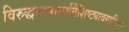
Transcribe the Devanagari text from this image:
विरुद्धनानाधर्मवैशिष्ट्यावगाहिज्ञानं